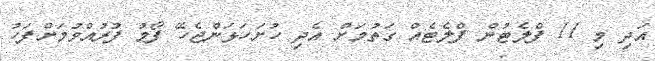
އަދި މި 11 ފްލެޓުން ފްލެޓެއް ގަތުމަށް އެދި ހުށަހަޅަންޖެހޭ ފޯމު ފުރުއްވުމަށްފަހު